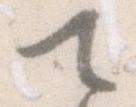
て